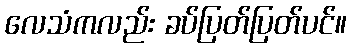
လေသံကလည်း ခပ်ပြတ်ပြတ်ပင်။